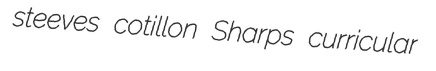
steeves cotillon Sharps curricular